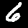
Digit: 6